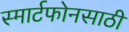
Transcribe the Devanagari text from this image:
स्मार्टफोनसाठी